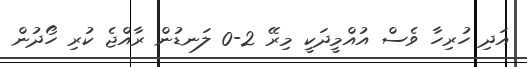
އަދި ހުރިހާ ވެސް އުއްމީދަކީ މިރޭ 2-0 ލަނޑުން ރާއްޖެ ކުރި ހޯދުން